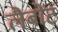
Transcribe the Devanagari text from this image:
लैबोंट